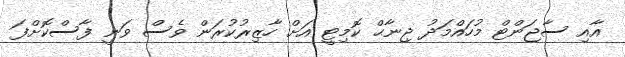
އާއި ސާޖަންޓް މުހައްމަދު ޖިނާޙް ކޮމިޓީ އަށް ހާޒިރުކުރަން ވެސް ވަނީ ފާސްކޮށްފަ